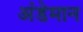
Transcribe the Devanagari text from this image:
अंडेमान